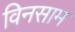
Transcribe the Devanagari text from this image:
विनसाम